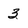
Character: 3